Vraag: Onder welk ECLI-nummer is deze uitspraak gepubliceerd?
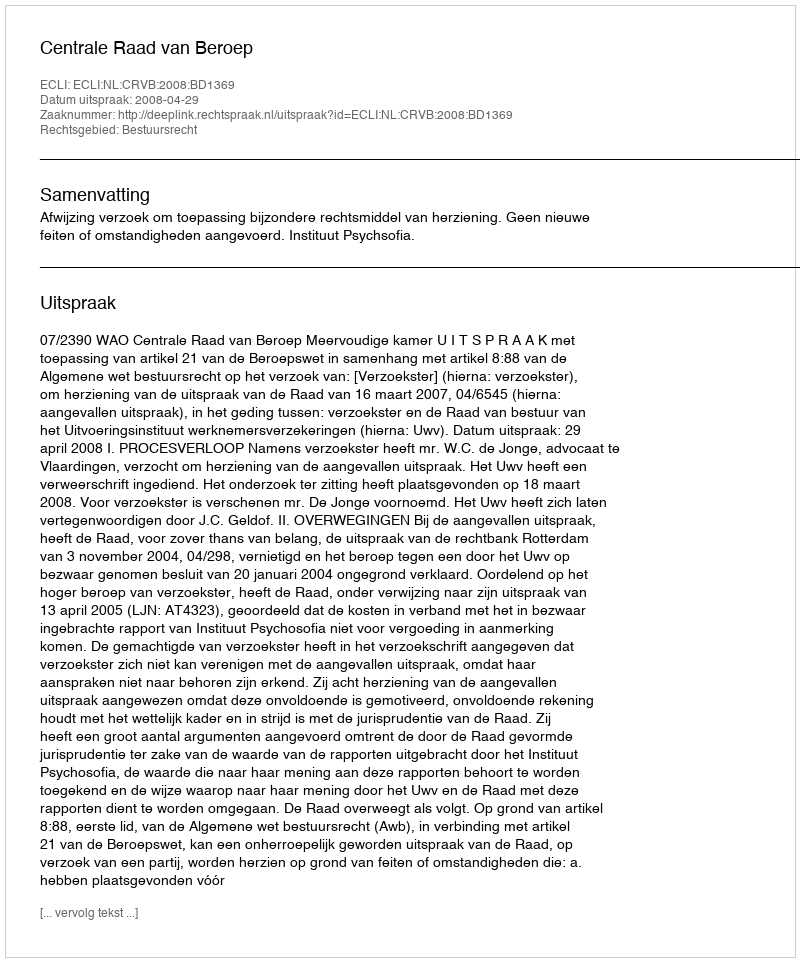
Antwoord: ECLI:NL:CRVB:2008:BD1369